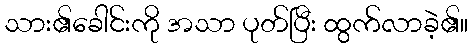
သား၏ခေါင်းကို အသာ ပုတ်ပြီး ထွက်လာခဲ့၏။